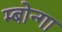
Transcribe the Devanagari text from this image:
म्बोन्गा